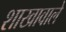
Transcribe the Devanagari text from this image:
शाखावाले